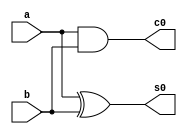
`timescale 1ns / 1ps
//////////////////////////////////////////////////////////////////////////////////
// Company: 
// Engineer: 
// 
// Design Name: 
// Module Name: halfadder
// Project Name: 
// Target Devices: 
// Tool Versions: 
// Description: 
// 
// Dependencies: 
// 
// Revision:
// Revision 0.01 - File Created
// Additional Comments:
// 
//////////////////////////////////////////////////////////////////////////////////


module halfadder(a,b,s0,c0);
input a,b;
output s0,c0;
assign c0=a&b;
assign s0=a^b;
endmodule